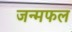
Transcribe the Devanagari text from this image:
जन्मफल